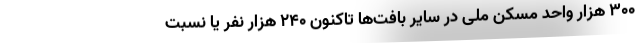
۳۰۰ هزار واحد مسکن ملی در سایر بافت‌ها تاکنون ۲۴۰ هزار نفر یا نسبت